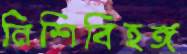
নিশিবিহঙ্গ